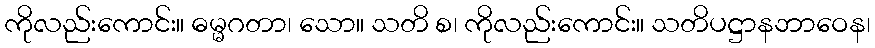
ကိုလည်းကောင်း။ ဓမ္မဂတာ၊ သော။ သတိ စ၊ ကိုလည်းကောင်း။ သတိပဋ္ဌာနဘာဝေန၊